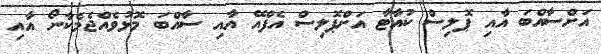
އަށްސާއްބަ އާއި ޕޮލިސް ކުއާޓާ އަށްޕޮލިސް އެފްއޭ އާއި ސާއްބަ މޮޅުވެއްޖެމެކާނޯ އާއި